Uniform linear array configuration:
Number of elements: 64
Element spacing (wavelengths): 0.25
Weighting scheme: kaiser
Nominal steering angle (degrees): -45
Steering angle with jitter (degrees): -43.362
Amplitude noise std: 0.05
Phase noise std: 0.05

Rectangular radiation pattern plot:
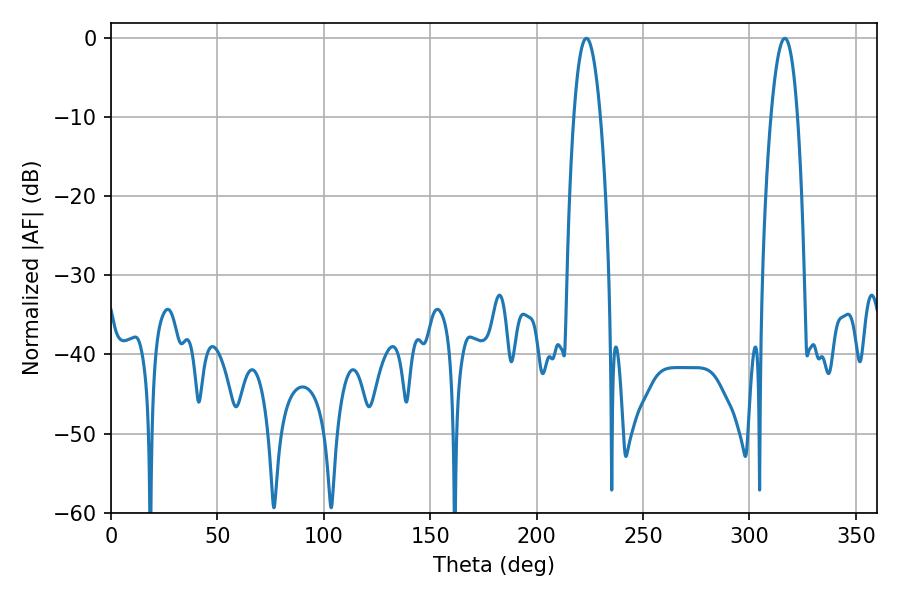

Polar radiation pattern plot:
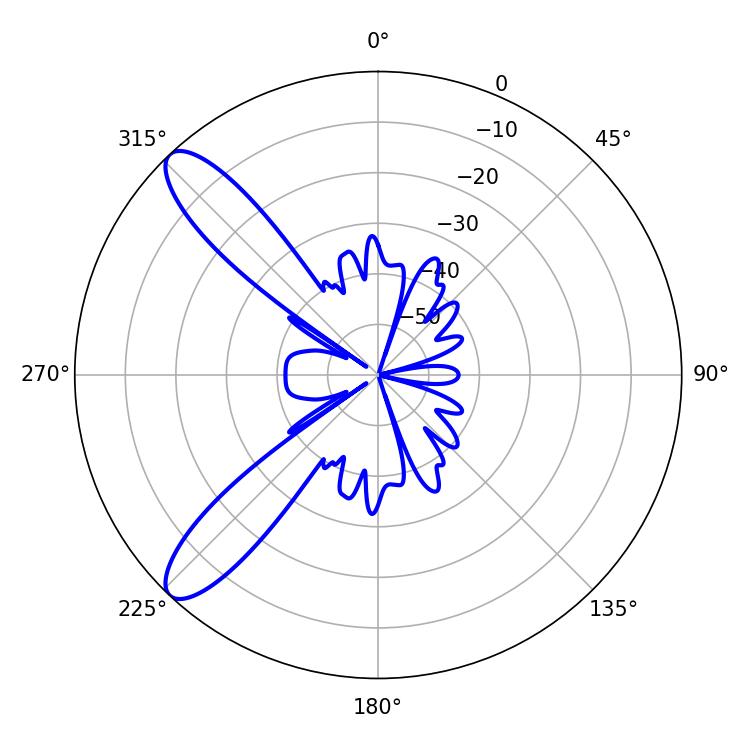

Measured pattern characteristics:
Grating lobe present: FALSE
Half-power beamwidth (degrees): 7.02
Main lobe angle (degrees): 223.38